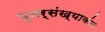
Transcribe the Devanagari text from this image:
पुनर्संख्याकंन